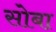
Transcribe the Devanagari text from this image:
सोबा